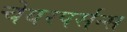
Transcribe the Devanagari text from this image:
चेयरपर्सन्स